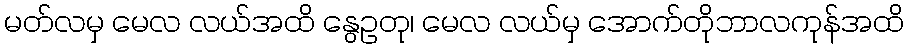
မတ်လမှ မေလ လယ်အထိ နွေဥတု၊ မေလ လယ်မှ အောက်တိုဘာလကုန်အထိ